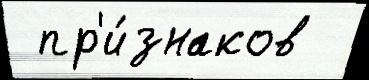
 пр'и́знаков